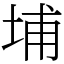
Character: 埔